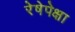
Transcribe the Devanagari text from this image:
रेषेपेक्षा